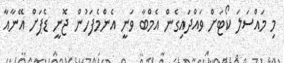
މި މައްސަލަ ކޯޓަށް ވައްދައިގެން އެމްބާ ވަނީ އެންމެފަހުން ޖޮނީ ޑެޕަށް އޭނާއާ